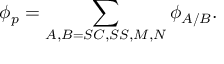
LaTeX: \phi _ { p } = \sum _ { A , B = S C , S S , M , N } \phi _ { A / B } .